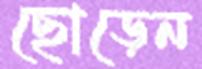
ছোড়েন